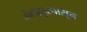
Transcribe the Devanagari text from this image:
गंगापूरपासून